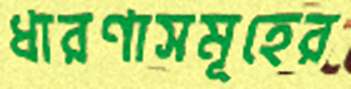
ধারণাসমূহের